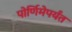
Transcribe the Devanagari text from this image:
पोर्णिमेपर्यंत